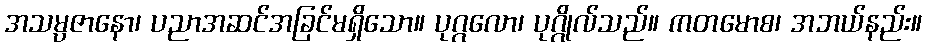
အသမ္ပဇာနော၊ ပညာအဆင်အခြင်မရှိသော။ ပုဂ္ဂလော၊ ပုဂ္ဂိုလ်သည်။ ကတမောစ၊ အဘယ်နည်း။